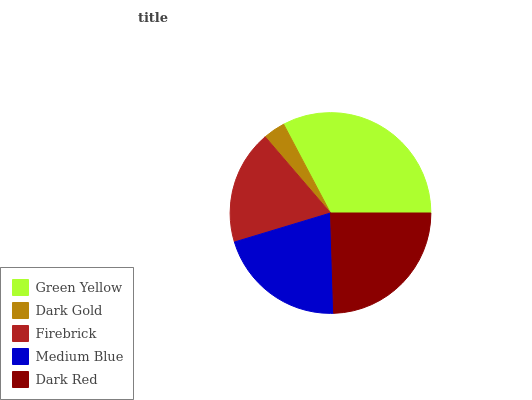
| Green Yellow | Dark Gold | Firebrick | Medium Blue | Dark Red |
 | --- | --- | --- | --- | --- |
 | 32.7% | 3.54% | 18.4% | 20.8% | 24.5% |